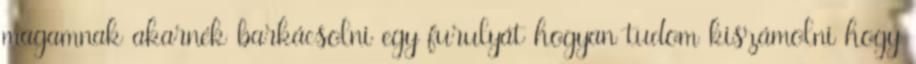
magamnak akarnék barkácsolni egy furulyát hogyan tudom kiszámolni hogy